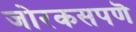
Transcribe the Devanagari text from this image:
जोरकसपणॆ